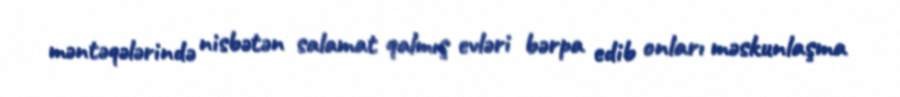
məntəqələrində nisbətən salamat qalmış evləri bərpa edib onları məskunlaşma